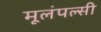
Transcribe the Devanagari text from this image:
मूलंपल्सी